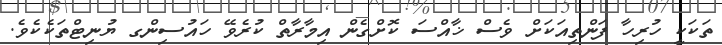
ތަކަކީ ހުރިހާ ފަންތިއަކަށް ވެސް ޚާއްސަ ކޮށްގެން އިމާރާތް ކުރެވޭ ހައުސިންގ ޔުނިޓްތަކެކެވެ.